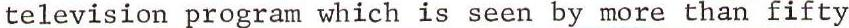
television program which is seen by more than fifty